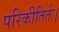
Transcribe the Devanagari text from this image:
परिकीतिर्तः।